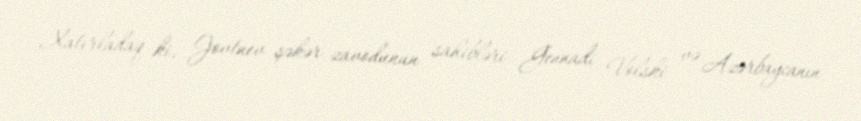
Xatırladaq ki, Jovtnev şəkər zavodunun sahibləri Gennadi Volski və Azərbaycanın